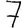
Digit: 7